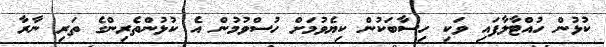
ކުޅުން ހުއްޓާލާފައި ވަކި ހިސާބަކުން ކިޔެވުމަށް ހުސްވުމުން އެ ކުޅުންތެރިންގެ ތަރި ނާރާ